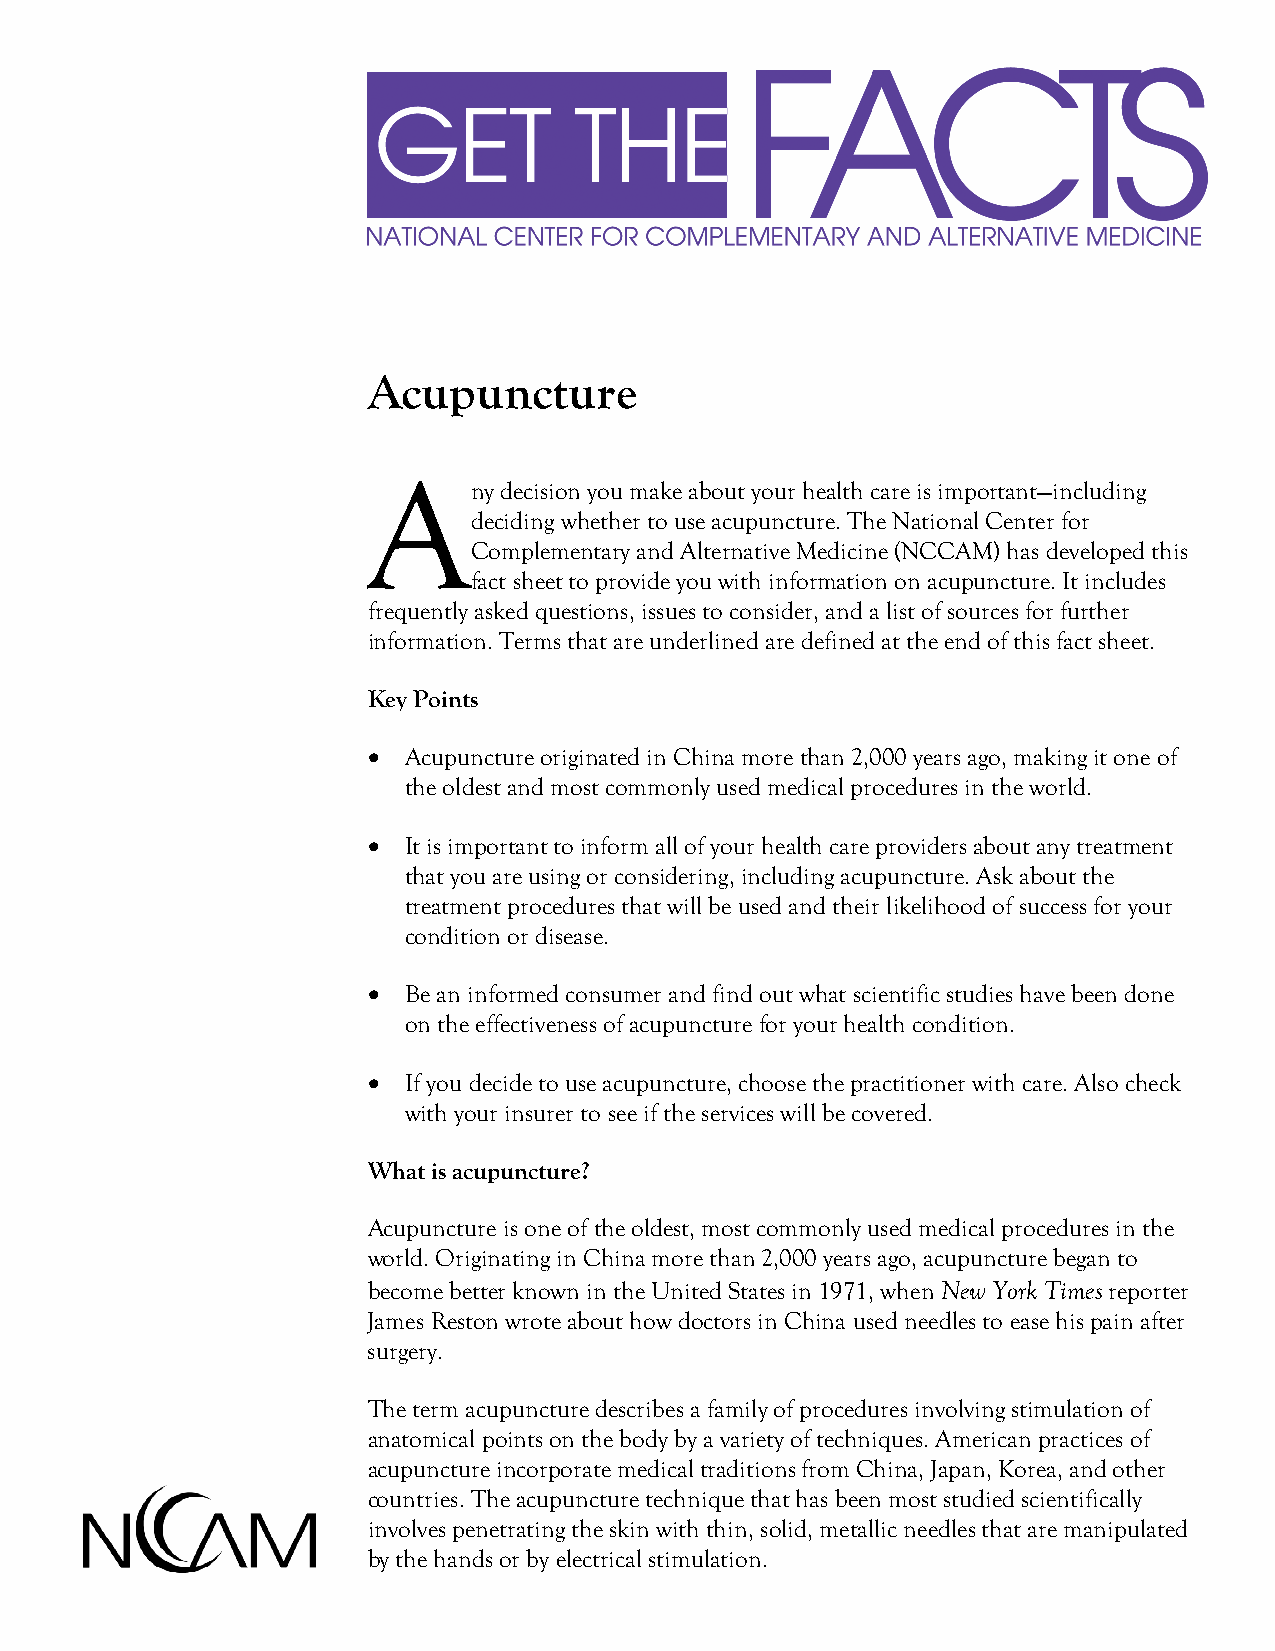
Acupuncture
 A
 ny decision you make about your health care is important—including
 deciding whether to use acupuncture. The National Center for
 Complementary and Alternative Medicine (NCCAM) has developed this
 fact sheet to provide you with information on acupuncture. It includes
 frequently asked questions, issues to consider, and a list of sources for further
 information. Terms that are underlined are defined at the end of this fact sheet.
 Key Points
 •  Acupuncture originated in China more than 2,000 years ago, making it one of
 the oldest and most commonly used medical procedures in the world.
 •  It is important to inform all of your health care providers about any treatment
 that you are using or considering, including acupuncture. Ask about the
 treatment procedures that will be used and their likelihood of success for your
 condition or disease.
 •  Be an informed consumer and find out what scientific studies have been done
 on the effectiveness of acupuncture for your health condition.
 •  If you decide to use acupuncture, choose the practitioner with care. Also check
 with your insurer to see if the services will be covered.
 What is acupuncture?
 Acupuncture is one of the oldest, most commonly used medical procedures in the
 world. Originating in China more than 2,000 years ago, acupuncture began to
 become better known in the United States in 1971, when New York Times reporter
 James Reston wrote about how doctors in China used needles to ease his pain after
 surgery.
 The term acupuncture describes a family of procedures involving stimulation of
 anatomical points on the body by a variety of techniques. American practices of
 acupuncture incorporate medical traditions from China, Japan, Korea, and other
 countries. The acupuncture technique that has been most studied scientifically
 involves penetrating the skin with thin, solid, metallic needles that are manipulated
 by the hands or by electrical stimulation.